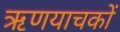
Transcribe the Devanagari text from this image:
ऋणयाचकों